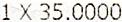
1 X 35.0000